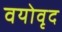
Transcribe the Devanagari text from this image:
वयोवृद